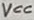
Text: VCC